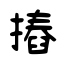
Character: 摏